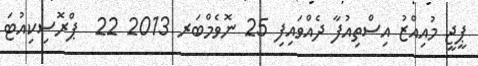
ޕީޖީ މުއިއްޒު އިސްތިއުފާ ދެއްވައިފި 25 ނޮވެމްބަރ 2013 22  ޕްރޮސިކިއުޓަ